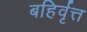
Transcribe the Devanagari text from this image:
बहिर्वृत्त